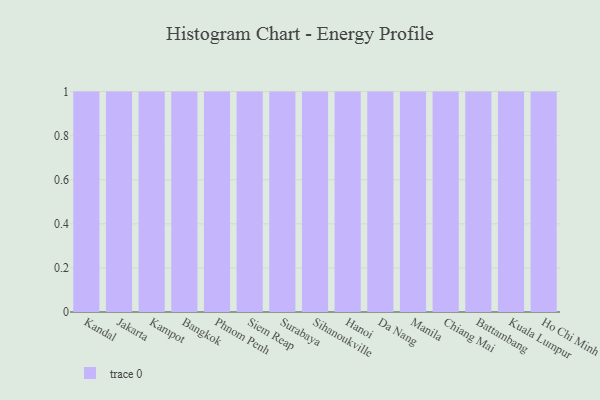
{"axis": {"x": "City", "y": "Waste Production (Tons)"}, "legend": [""], "data": [{"x": "Kandal", "y": 62, "type": ""}, {"x": "Jakarta", "y": 31, "type": ""}, {"x": "Kampot", "y": 95, "type": ""}, {"x": "Bangkok", "y": 7, "type": ""}, {"x": "Phnom Penh", "y": 61, "type": ""}, {"x": "Siem Reap", "y": 19, "type": ""}, {"x": "Surabaya", "y": 50, "type": ""}, {"x": "Sihanoukville", "y": 26, "type": ""}, {"x": "Hanoi", "y": 84, "type": ""}, {"x": "Da Nang", "y": 71, "type": ""}, {"x": "Manila", "y": 36, "type": ""}, {"x": "Chiang Mai", "y": 54, "type": ""}, {"x": "Battambang", "y": 41, "type": ""}, {"x": "Kuala Lumpur", "y": 31, "type": ""}, {"x": "Ho Chi Minh City", "y": 79, "type": ""}]}